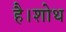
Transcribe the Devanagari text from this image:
है।शोथ